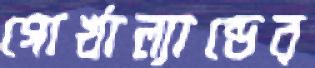
গোর্খাল্যান্ডের